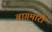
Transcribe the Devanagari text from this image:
बागमारी